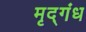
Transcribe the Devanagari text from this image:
मृद्‌गंध